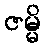
ဇမ္မိ